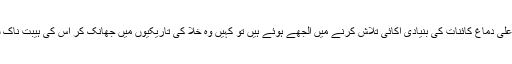
اس نئے سفر میں کہیں اس کے اعلی دماغ کائنات کی بنیادی اکائی تلاش کرنے میں الجھے ہوئے ہیں تو کہیں وہ خلا کی تاریکیوں میں جھانک کر اس کی ہیبت ناک سچائیوں سے پردہ اٹھا رہے ہیں۔